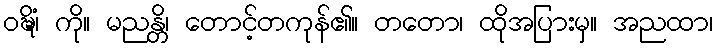
ဝဍ္ဎိံ၊ ကို။ မညန္တိ၊ တောင့်တကုန်၏။ တတော၊ ထိုအပြားမှ။ အညထာ၊